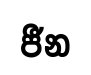
ජීන